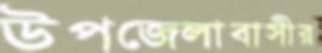
উপজেলাবাসীর